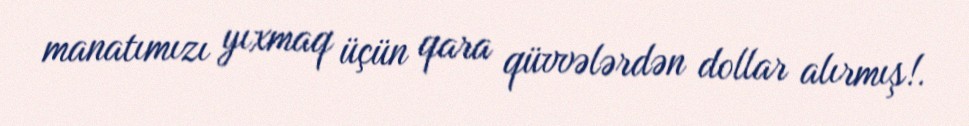
manatımızı yıxmaq üçün qara qüvvələrdən dollar alırmış!.